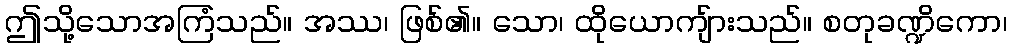
ဤသို့သောအကြံသည်။ အဿ၊ ဖြစ်၏။ သော၊ ထိုယောကျ်ားသည်။ စတုခဏ္ဍိကော၊